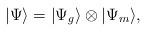
LaTeX: \begin{align*}|\Psi\rangle=|\Psi_g\rangle\otimes|\Psi_m\rangle ,\end{align*}